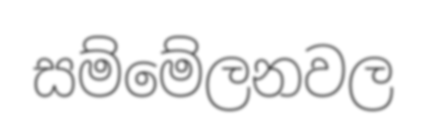
සම්මේලනවල